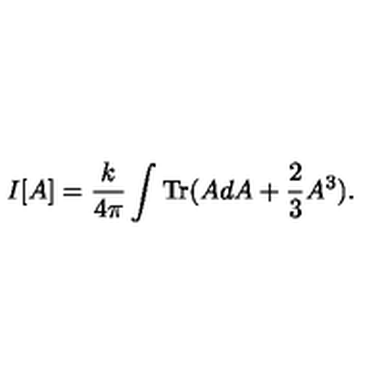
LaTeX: I [ A ] = \frac { k } { 4 \pi } \int \mathrm { T r } ( A d A + \frac { 2 } { 3 } A ^ { 3 } ) .